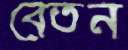
বেতন